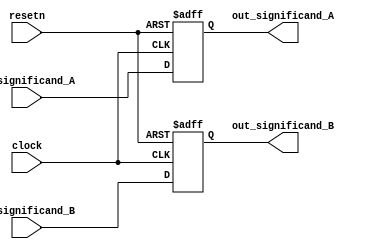
module step1_status(clock, resetn, in_significand_A, in_significand_B, out_significand_A, out_significand_B);
	input clock, resetn;
	
	input  [10:0] in_significand_A, in_significand_B;
	
	output reg [10:0] out_significand_A, out_significand_B;
	
	always@(posedge clock, negedge resetn) begin
		if(!resetn) begin
			out_significand_A <= 0;
			out_significand_B <= 0;
		end
		else begin	
			out_significand_A <= in_significand_A;
			out_significand_B <= in_significand_B;
		end
	end	

endmodule